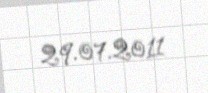
29.07.2011